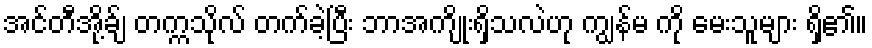
အင်တီအို့ခ်ျ တက္ကသိုလ် တက်ခဲ့ပြီး ဘာအကျိုးရှိသလဲဟု ကျွန်မ ကို မေးသူများ ရှိ၏။